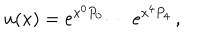
u ( x ) = e ^ { x ^ { 0 } P _ { 0 } } \cdots e ^ { x ^ { 4 } P _ { 4 } } \, ,